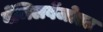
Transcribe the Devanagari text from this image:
बेंजिलबेंजोएट